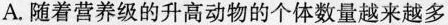
A.随着营养级的升高动物的个体数量越来越多